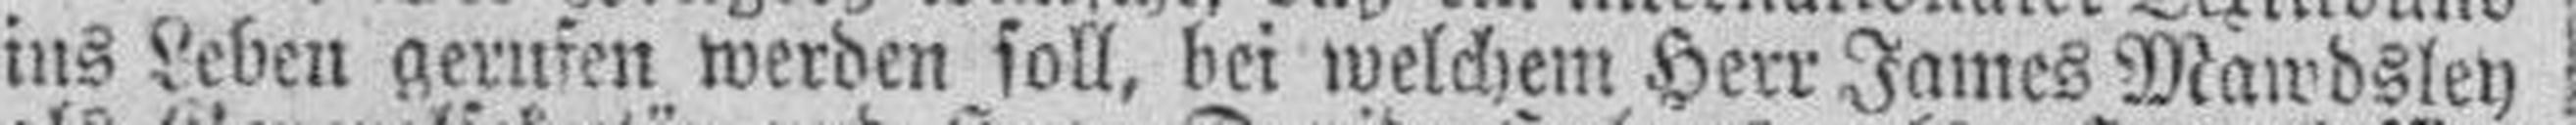
ins Leben gerufen werden soll, bei welchem Herr James Mawdsley